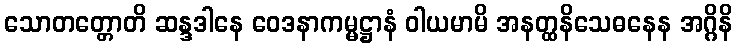
သောတတ္တောတိ ဆန္ဒဒါနေ ဝေဒနာကမ္မဋ္ဌာနံ ဝါယမာမိ အနတ္ထနိသေဓနေန အဂ္ဂိနိ